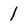
Character: 1